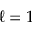
\ell = 1